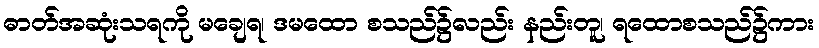
ဓာတ်အဆုံးသရကို မချေရ၊ ဒမထော စသည်၌လည်း နည်းတူ၊ ရထောစသည်၌ကား